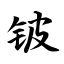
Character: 铍